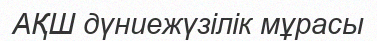
АҚШ дүниежүзілік мұрасы